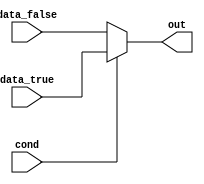
module conditional_assign(
    input wire cond,
    input wire data_true,
    input wire data_false,
    output reg out
);

always @*
begin
    if (cond)
        out = data_true;
    else
        out = data_false;
end

endmodule